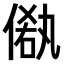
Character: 𠌁